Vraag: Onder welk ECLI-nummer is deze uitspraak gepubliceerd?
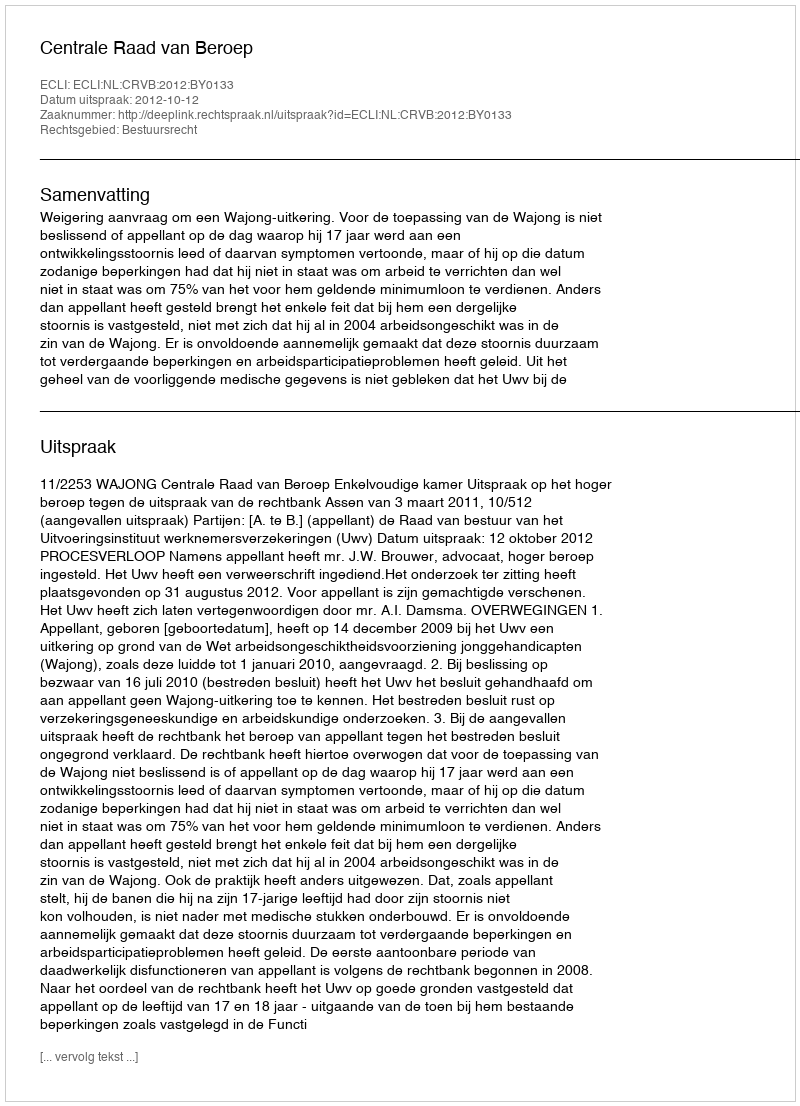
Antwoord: ECLI:NL:CRVB:2012:BY0133